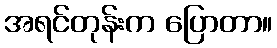
အရင်တုန်းက ပြောတာ။